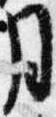
月